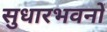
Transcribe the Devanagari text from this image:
सुधारभवनों